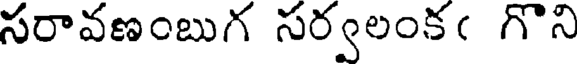
సరావణంబుగ సర్వలంకఁ గొని